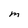
Character: M